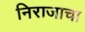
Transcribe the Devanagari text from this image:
निराजाचा